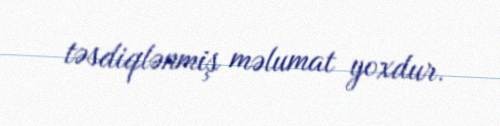
təsdiqlənmiş məlumat yoxdur.